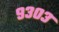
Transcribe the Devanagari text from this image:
९३०३